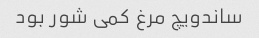
ساندویچ مرغ کمی شور بود